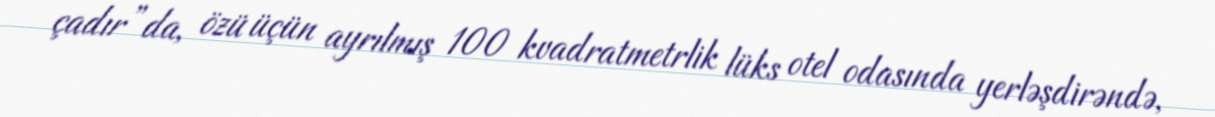
çadır”da, özü üçün ayrılmış 100 kvadratmetrlik lüks otel odasında yerləşdirəndə,